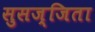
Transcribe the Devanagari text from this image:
सुसज्जिता